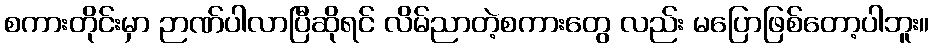
စကားတိုင်းမှာ ဉာဏ်ပါလာပြီဆိုရင် လိမ်ညာတဲ့စကားတွေ လည်း မပြောဖြစ်တော့ပါဘူး။